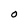
Character: O